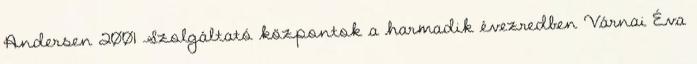
Andersen 2001 Szolgáltató központok a harmadik évezredben Várnai Éva